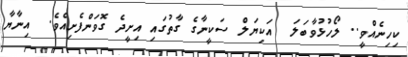
ކިހިނެއްވީ.. ލޯހުޅުވާބަލަ  އަކިޔަލް ސަކީނާގެ ގާތުގައި އިށީދެ ގޮވަންފެށިއެވެ.  އިނާޔާ